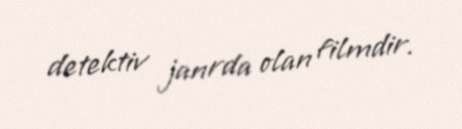
detektiv janrda olan filmdir.